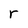
Character: r